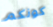
كونكم